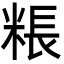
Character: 粻